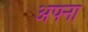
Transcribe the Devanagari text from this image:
अफ्ना